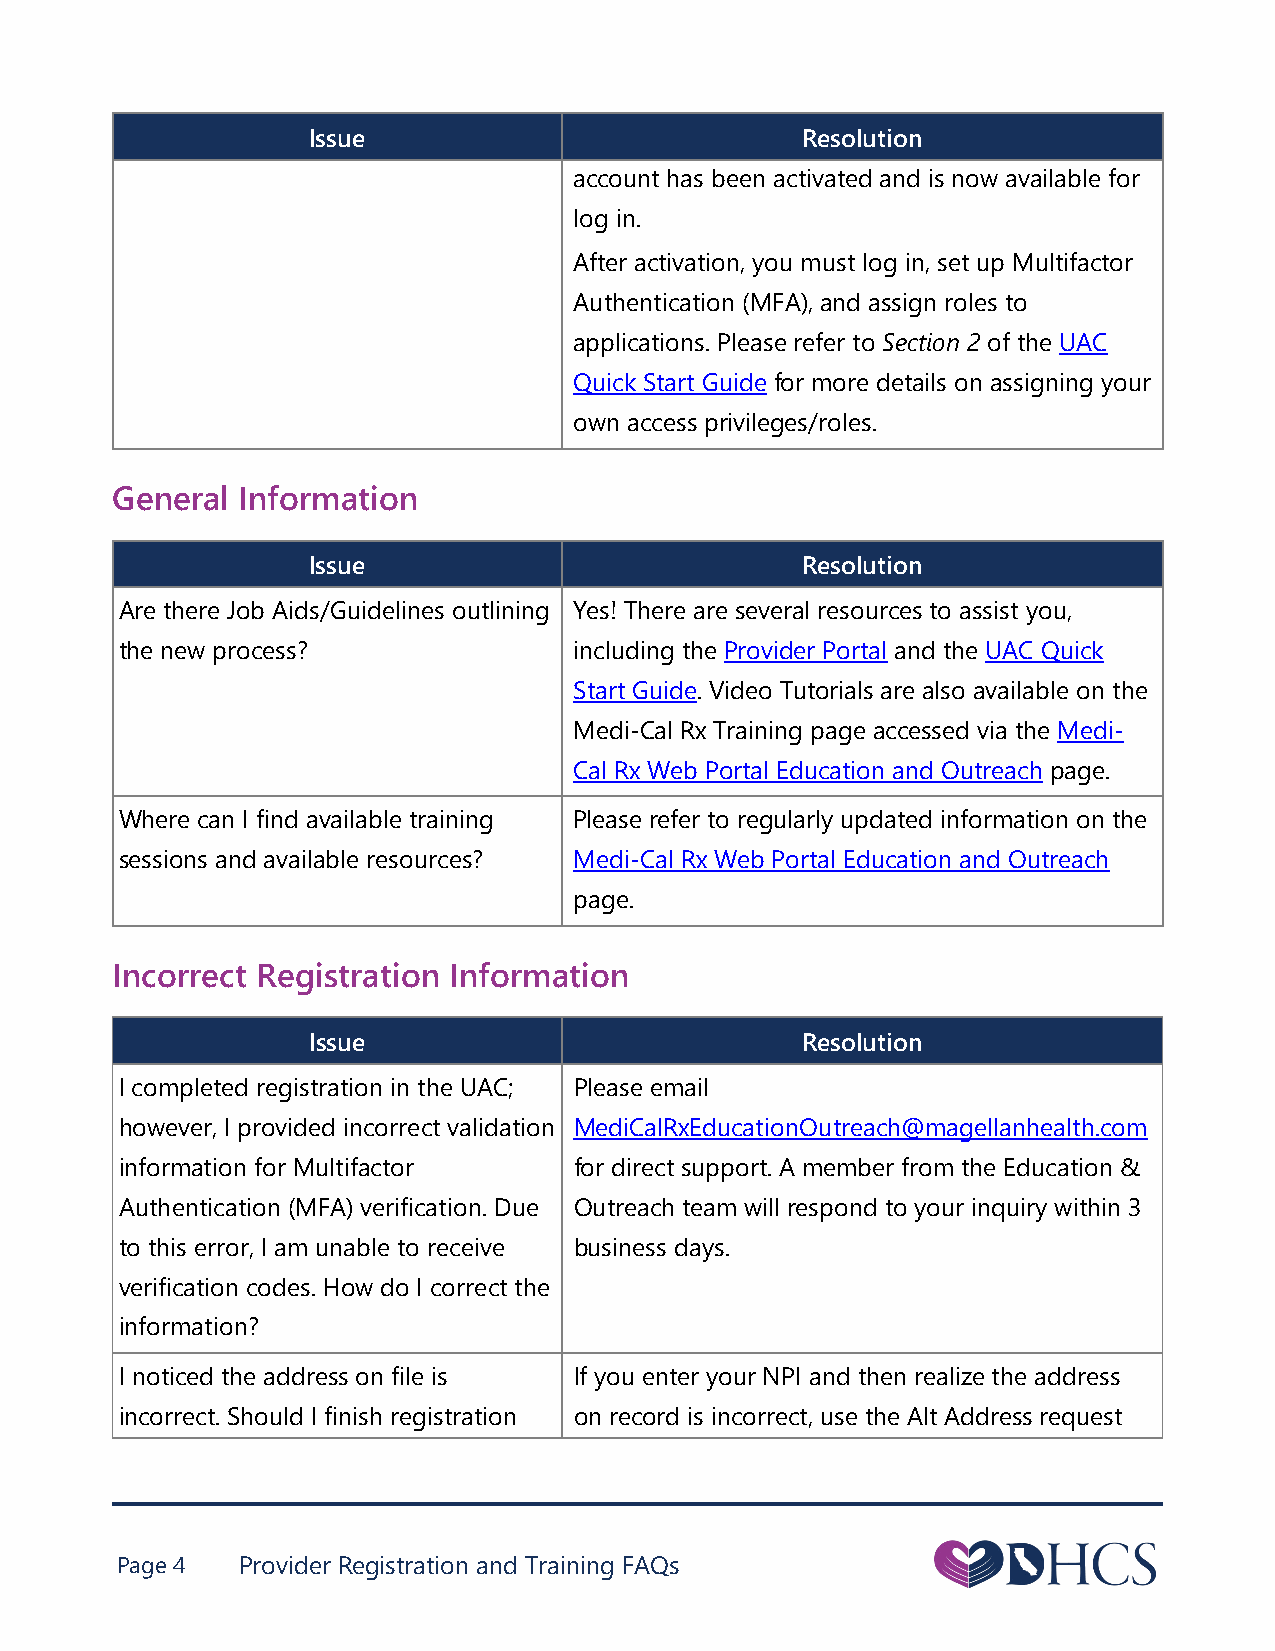
Issue                            Resolution
 account has been activated and is now available for
 log in.
 After activation, you must log in, set up Multifactor
 Authentication (MFA), and assign roles to
 applications. Please refer to Section 2 of the UAC
 Quick Start Guide for more details on assigning your
 own access privileges/roles.
 General  Information
 Issue                            Resolution
 Are there Job Aids/Guidelines outlining Yes! There are several resources to assist you,
 the new process?              including the Provider Portal and the UAC Quick
 Start Guide. Video Tutorials are also available on the
 Medi-Cal Rx Training page accessed via the Medi-
 Cal Rx Web Portal Education and Outreach page.
 Where can I find available training Please refer to regularly updated information on the
 sessions and available resources? Medi-Cal Rx Web Portal Education and Outreach
 page.
 Incorrect Registration Information
 Issue                            Resolution
 I completed registration in the UAC; Please email
 however, I provided incorrect validation MediCalRxEducationOutreach@magellanhealth.com
 information for Multifactor   for direct support. A member from the Education &
 Authentication (MFA) verification. Due Outreach team will respond to your inquiry within 3
 to this error, I am unable to receive business days.
 verification codes. How do I correct the
 information?
 I noticed the address on file is If you enter your NPI and then realize the address
 incorrect. Should I finish registration on record is incorrect, use the Alt Address request
 Page 4  Provider Registration and Training FAQs